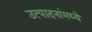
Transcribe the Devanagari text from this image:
उत्पादनांमध्‍ये